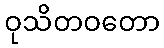
ဝုသိတဝတော